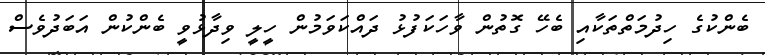
ބެންކުގެ ހިދުމަތްތަކާއި ބެހޭ ގޮތުން ވާހަކަފުޅު ދައްކަވަމުން ހީލީ ވިދާޅުވީ ބެންކުން އަބަދުވެސް